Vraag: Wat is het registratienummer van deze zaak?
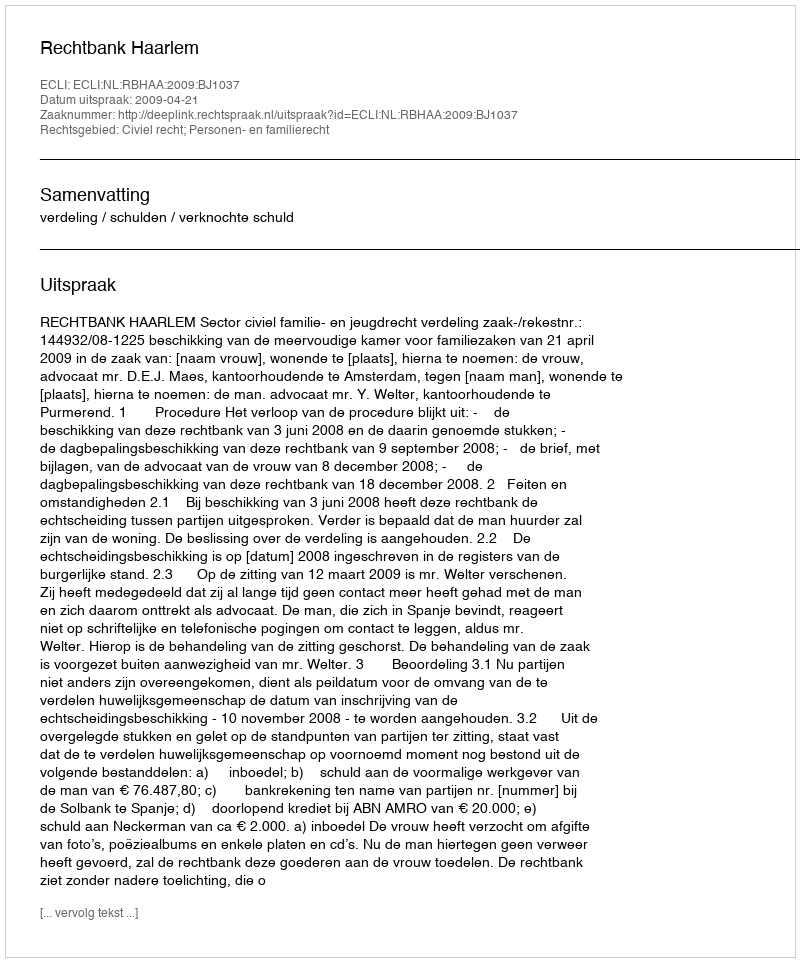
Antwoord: http://deeplink.rechtspraak.nl/uitspraak?id=ECLI:NL:RBHAA:2009:BJ1037